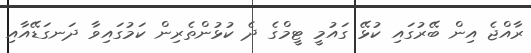
ރާއްޖެ އިން ބޭރުގައި ކުޅޭ ގައުމީ ޓީމްގެ ދެ ކުޅުންތެރިން ކަމުގައިވާ ދަނގަޑޭއާއި